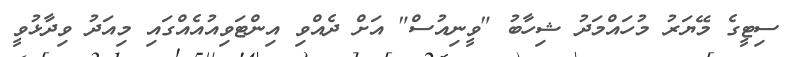
ސިޓީގެ މޭޔަރު މުހައްމަދު ޝިހާބު "ވީނިއުސް" އަށް ދެއްވި އިންޓަވިއުއެއްގައި މިއަދު ވިދާޅުވީ